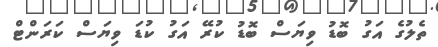
ތެލުގެ އަގު ބޮޑު ވިޔަސް ބޮޑު ކުރޭ އަގު ކުޑަ ވިޔަސް ކަރަންޓް